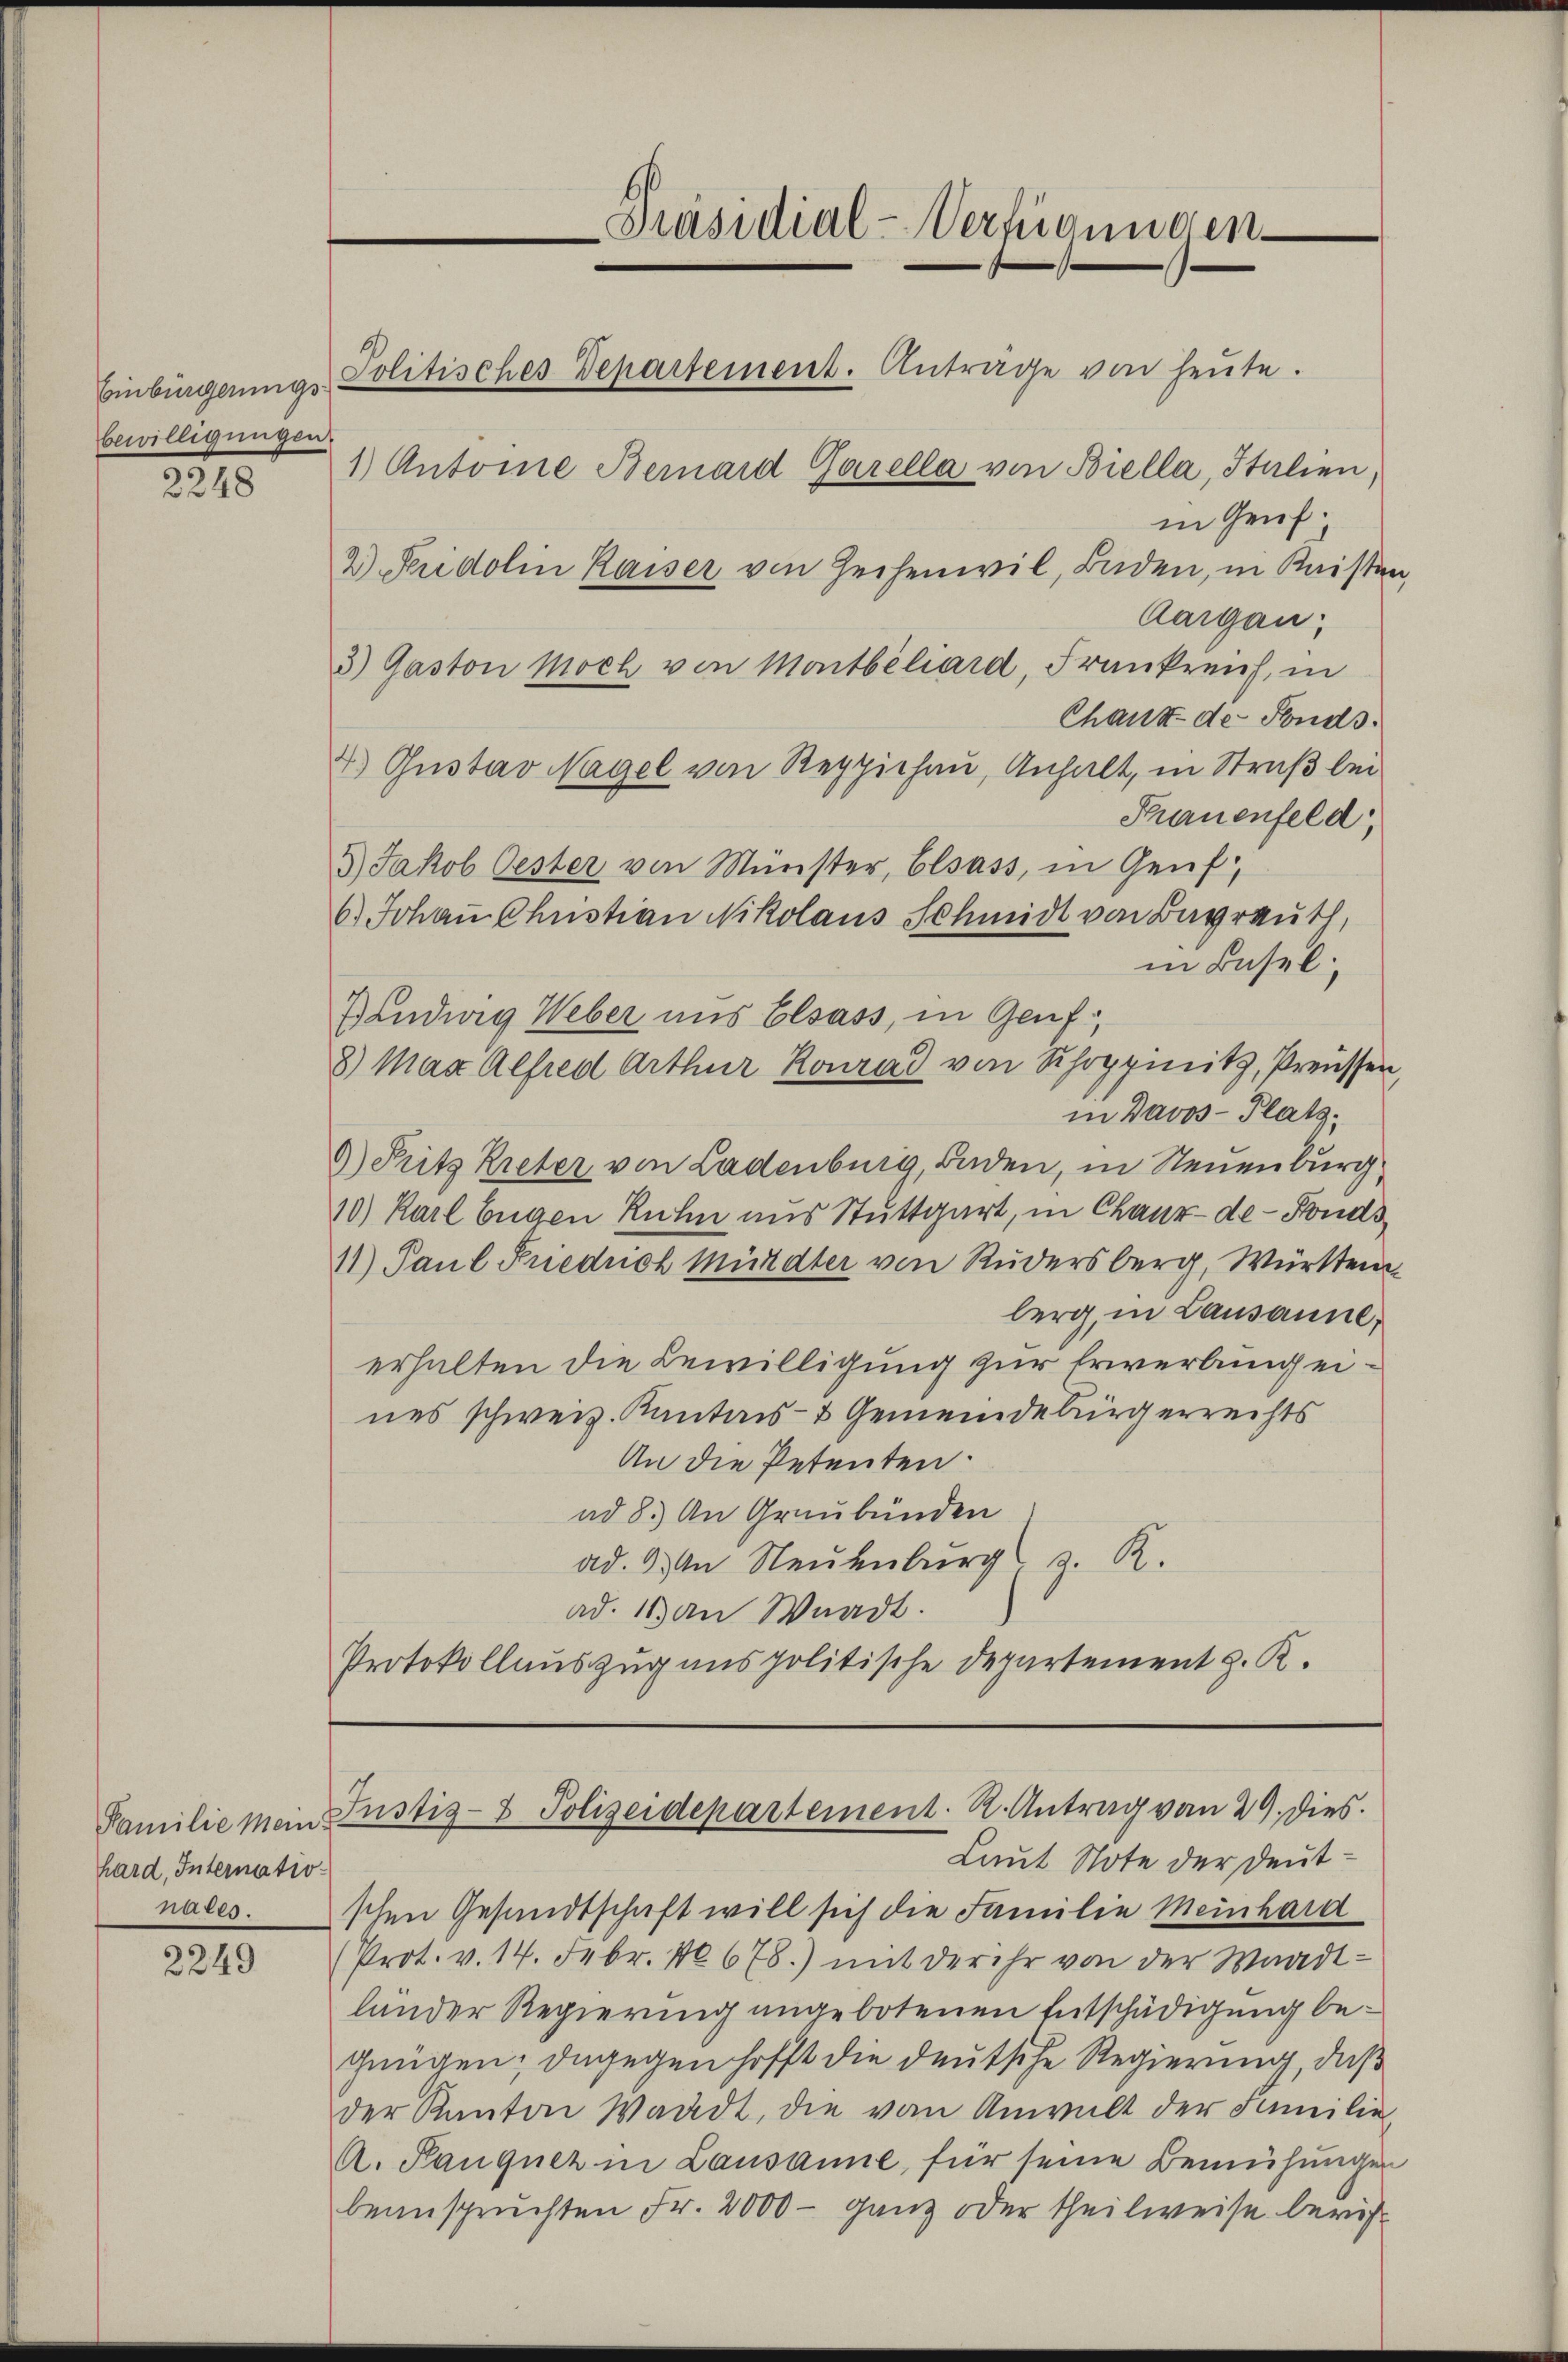
Einbürgerungs
bewilligungen

2248

Familie Mein!
hard, Internationates.

2249

Präsidial-Verfügungen
Politisches Departement. Anträge von heute.
1) Antone Bemard Garella von Biella, Italien,
in Genf.
2) Seridolin Kaiser von Zechenwil, Baden, in Kaisten,

Aargau:
3) Gaston noch von Montbéliard, Frankreich, in
Chaust de Fonds.
4.) Gustav Nagel von Reppichau, Anhalt, in Straß bei
Frauenfeld
3) Jakob Oester von Minister, Elsass, in Genf,
6.) Johaṅ Chustian Nikolaus Schmidt von Bayreuth,
in Basel;
Bandwig Weber uns Elsass, in Genf.
8) Max Alfred Arthur Konrad von Schoppinitz, Preussen,
in Davos- Plats.
9) Pritz Rieter von Ladenburg, Baden, in Neuenburg,
10) Karl Eugen Ruhn aus Stuttgart, in Chaux-de-Fonds
11) Paul Pnedrich Mürdter von Rudersberg, Württem
berg, in Lausanne.
erhalten die Bewilligung zur Erwerbung eines schweiz. Kantons- & Gemeindebürgerrechts
An die Petenten.
ad 8.) An Graubünden
ad. 3.) An Neuenburg z. R.
ad. 13 an Waadt.
Protokollauszug aus politische Departement z. K.

Justiz- & Polizeidepartement. R. Antrag von 29. dies
Laut Note der Deut¬

schen Gesandtschaft will sich die Familie Meinhard
(Prot. v. 14. Febr. 10678.) mit der ihr von der Waadtländer Regierung angebotenen Entschädigung begnügen; dagegen hofft die deutsche Regierung, daß
der Kanton Waadt, die von Anwalt der Familie
A. Panquer in Lausanne, für seine Bemühungen
beanspruchten Fr. 2000 - ganz oder theilweise beruf